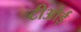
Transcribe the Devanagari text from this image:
टीओई